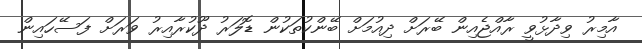
އާމިރު ވިދާޅުވީ ރާއްޖެއިން ބޭރަށް ދިއުމަށް ބޭންކުތަކުން ޑޮލަރު ދޫކުރާއިރު ވަރަށް ފަސޭހައިން